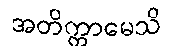
အတိက္ကာမေသိ